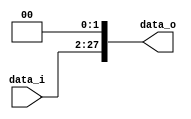
//Subject:      CO project 2 - Shift_Left_Two_28
//--------------------------------------------------------------------------------
//Version:     1
//--------------------------------------------------------------------------------
//Description: 0316056_g 0316038_@
//--------------------------------------------------------------------------------

module Shift_Left_Two_28(
    data_i,
    data_o
    );

//I/O ports                    
input [26-1:0] data_i;
output [28-1:0] data_o;

//Internal Signals
wire     [28-1:0] data_o;

//shift left 2
assign data_o = {data_i[25:0], 2'b00};
endmodule